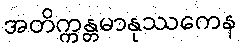
အတိက္ကန္တမာနုဿကေန